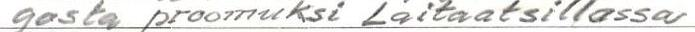
gosta proomuksi Laitaatsillassa